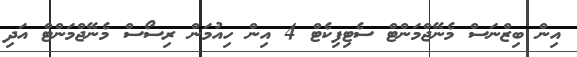
އިން ބިޒްނަސް މެނޭޖްމަންޓް ސެޓިފިކެޓް 4 އިން ހިއުމަން ރިސޯސް މެނޭޖްމަންޓް އަދި